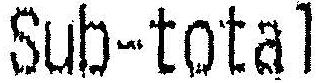
SUB-TOTAL